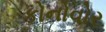
કોનોવોર